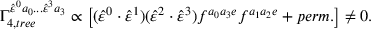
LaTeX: \Gamma _ { 4 , t r e e } ^ { \hat { \varepsilon } ^ { 0 } a _ { 0 } . . . \hat { \varepsilon } ^ { 3 } a _ { 3 } } \propto \left[ ( \hat { \varepsilon } ^ { 0 } \cdot \hat { \varepsilon } ^ { 1 } ) ( \hat { \varepsilon } ^ { 2 } \cdot \hat { \varepsilon } ^ { 3 } ) f ^ { a _ { 0 } a _ { 3 } e } f ^ { a _ { 1 } a _ { 2 } e } + p e r m . \right] \neq 0 .